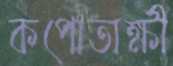
কপোতাক্ষী